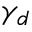
\gamma _ { d }